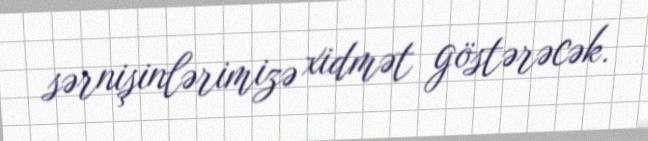
sərnişinlərimizə xidmət göstərəcək.